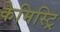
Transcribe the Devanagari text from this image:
केमिस्ट्रि